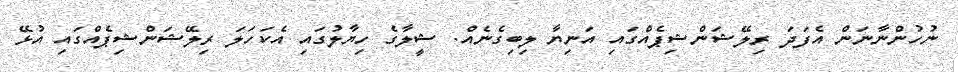
ނުހުންނާނަން އެފަދަ ރިލޭޝަންޝިޕެއްގައި އަނިޔާ ލިބިގެނެއް. ޝީލާގެ ހިޔާލުގައި އެކަހަލަ ރިލޭޝަންޝިޕެއްގައި އުޅޭ